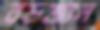
বড়জান